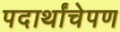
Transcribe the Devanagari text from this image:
पदार्थांचेपण